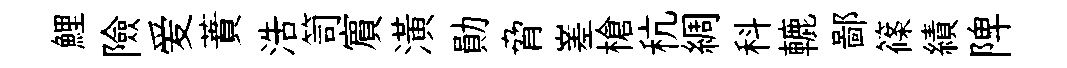
鯉險爱蕡浩笥賔潢勛脅嵳槍秔綢科轆鄙篠績陴